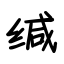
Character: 缄